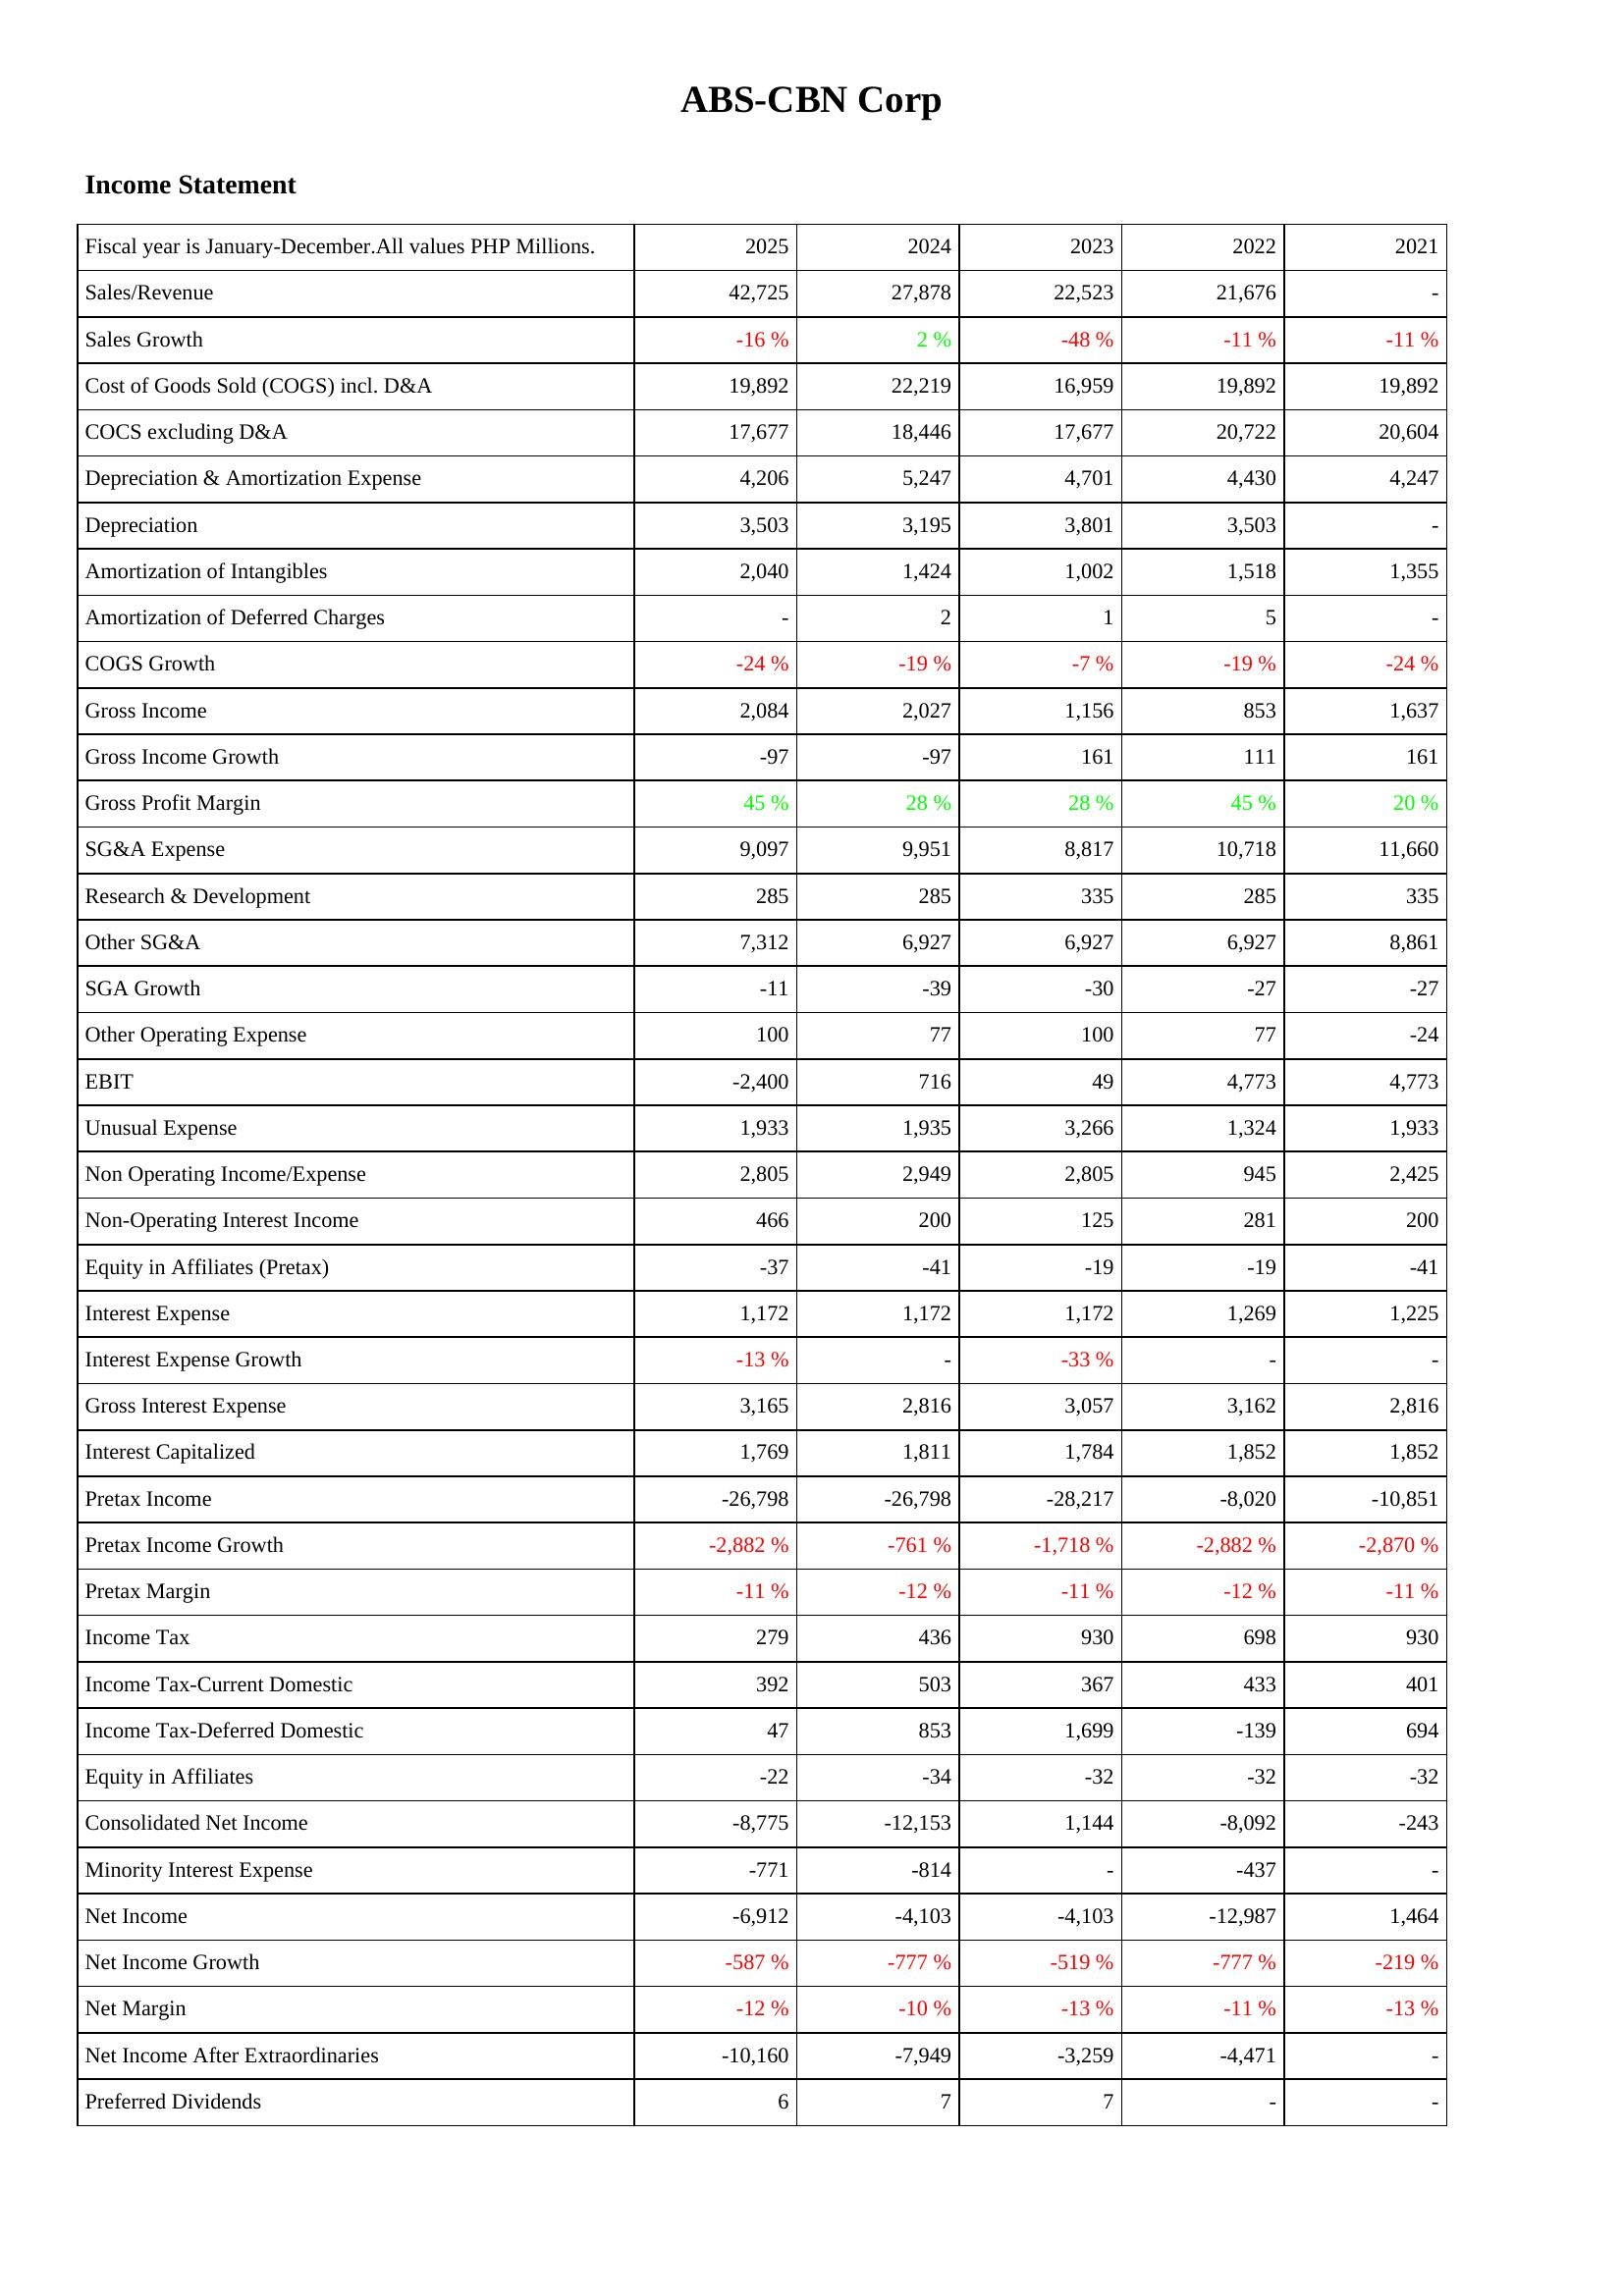
2025: Income Statement: Sales/Revenue: 42,725
Sales Growth: -16 %
Cost of Goods Sold (COGS) incl. D&A: 19,892
COCS excluding D&A: 17,677
Depreciation & Amortization Expense: 4,206
Depreciation: 3,503
Amortization of Intangibles: 2,040
Amortization of Deferred Charges: -
COGS Growth: -24 %
Gross Income: 2,084
Gross Income Growth: -97
Gross Profit Margin: 45 %
SG&A Expense: 9,097
Research & Development: 285
Other SG&A: 7,312
SGA Growth: -11
Other Operating Expense: 100
EBIT: -2,400
Unusual Expense: 1,933
Non Operating Income/Expense: 2,805
Non-Operating Interest Income: 466
Equity in Affiliates (Pretax): -37
Interest Expense: 1,172
Interest Expense Growth: -13 %
Gross Interest Expense: 3,165
Interest Capitalized: 1,769
Pretax Income: -26,798
Pretax Income Growth: -2,882 %
Pretax Margin: -11 %
Income Tax: 279
Income Tax-Current Domestic: 392
Income Tax-Deferred Domestic: 47
Equity in Affiliates: -22
Consolidated Net Income: -8,775
Minority Interest Expense: -771
Net Income: -6,912
Net Income Growth: -587 %
Net Margin: -12 %
Net Income After Extraordinaries: -10,160
Preferred Dividends: 6
2024: Income Statement: Sales/Revenue: 27,878
Sales Growth: 2 %
Cost of Goods Sold (COGS) incl. D&A: 22,219
COCS excluding D&A: 18,446
Depreciation & Amortization Expense: 5,247
Depreciation: 3,195
Amortization of Intangibles: 1,424
Amortization of Deferred Charges: 2
COGS Growth: -19 %
Gross Income: 2,027
Gross Income Growth: -97
Gross Profit Margin: 28 %
SG&A Expense: 9,951
Research & Development: 285
Other SG&A: 6,927
SGA Growth: -39
Other Operating Expense: 77
EBIT: 716
Unusual Expense: 1,935
Non Operating Income/Expense: 2,949
Non-Operating Interest Income: 200
Equity in Affiliates (Pretax): -41
Interest Expense: 1,172
Interest Expense Growth: -
Gross Interest Expense: 2,816
Interest Capitalized: 1,811
Pretax Income: -26,798
Pretax Income Growth: -761 %
Pretax Margin: -12 %
Income Tax: 436
Income Tax-Current Domestic: 503
Income Tax-Deferred Domestic: 853
Equity in Affiliates: -34
Consolidated Net Income: -12,153
Minority Interest Expense: -814
Net Income: -4,103
Net Income Growth: -777 %
Net Margin: -10 %
Net Income After Extraordinaries: -7,949
Preferred Dividends: 7
2023: Income Statement: Sales/Revenue: 22,523
Sales Growth: -48 %
Cost of Goods Sold (COGS) incl. D&A: 16,959
COCS excluding D&A: 17,677
Depreciation & Amortization Expense: 4,701
Depreciation: 3,801
Amortization of Intangibles: 1,002
Amortization of Deferred Charges: 1
COGS Growth: -7 %
Gross Income: 1,156
Gross Income Growth: 161
Gross Profit Margin: 28 %
SG&A Expense: 8,817
Research & Development: 335
Other SG&A: 6,927
SGA Growth: -30
Other Operating Expense: 100
EBIT: 49
Unusual Expense: 3,266
Non Operating Income/Expense: 2,805
Non-Operating Interest Income: 125
Equity in Affiliates (Pretax): -19
Interest Expense: 1,172
Interest Expense Growth: -33 %
Gross Interest Expense: 3,057
Interest Capitalized: 1,784
Pretax Income: -28,217
Pretax Income Growth: -1,718 %
Pretax Margin: -11 %
Income Tax: 930
Income Tax-Current Domestic: 367
Income Tax-Deferred Domestic: 1,699
Equity in Affiliates: -32
Consolidated Net Income: 1,144
Minority Interest Expense: -
Net Income: -4,103
Net Income Growth: -519 %
Net Margin: -13 %
Net Income After Extraordinaries: -3,259
Preferred Dividends: 7
2022: Income Statement: Sales/Revenue: 21,676
Sales Growth: -11 %
Cost of Goods Sold (COGS) incl. D&A: 19,892
COCS excluding D&A: 20,722
Depreciation & Amortization Expense: 4,430
Depreciation: 3,503
Amortization of Intangibles: 1,518
Amortization of Deferred Charges: 5
COGS Growth: -19 %
Gross Income: 853
Gross Income Growth: 111
Gross Profit Margin: 45 %
SG&A Expense: 10,718
Research & Development: 285
Other SG&A: 6,927
SGA Growth: -27
Other Operating Expense: 77
EBIT: 4,773
Unusual Expense: 1,324
Non Operating Income/Expense: 945
Non-Operating Interest Income: 281
Equity in Affiliates (Pretax): -19
Interest Expense: 1,269
Interest Expense Growth: -
Gross Interest Expense: 3,162
Interest Capitalized: 1,852
Pretax Income: -8,020
Pretax Income Growth: -2,882 %
Pretax Margin: -12 %
Income Tax: 698
Income Tax-Current Domestic: 433
Income Tax-Deferred Domestic: -139
Equity in Affiliates: -32
Consolidated Net Income: -8,092
Minority Interest Expense: -437
Net Income: -12,987
Net Income Growth: -777 %
Net Margin: -11 %
Net Income After Extraordinaries: -4,471
Preferred Dividends: -
2021: Income Statement: Sales/Revenue: -
Sales Growth: -11 %
Cost of Goods Sold (COGS) incl. D&A: 19,892
COCS excluding D&A: 20,604
Depreciation & Amortization Expense: 4,247
Depreciation: -
Amortization of Intangibles: 1,355
Amortization of Deferred Charges: -
COGS Growth: -24 %
Gross Income: 1,637
Gross Income Growth: 161
Gross Profit Margin: 20 %
SG&A Expense: 11,660
Research & Development: 335
Other SG&A: 8,861
SGA Growth: -27
Other Operating Expense: -24
EBIT: 4,773
Unusual Expense: 1,933
Non Operating Income/Expense: 2,425
Non-Operating Interest Income: 200
Equity in Affiliates (Pretax): -41
Interest Expense: 1,225
Interest Expense Growth: -
Gross Interest Expense: 2,816
Interest Capitalized: 1,852
Pretax Income: -10,851
Pretax Income Growth: -2,870 %
Pretax Margin: -11 %
Income Tax: 930
Income Tax-Current Domestic: 401
Income Tax-Deferred Domestic: 694
Equity in Affiliates: -32
Consolidated Net Income: -243
Minority Interest Expense: -
Net Income: 1,464
Net Income Growth: -219 %
Net Margin: -13 %
Net Income After Extraordinaries: -
Preferred Dividends: -